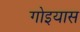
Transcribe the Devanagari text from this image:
गोइयास